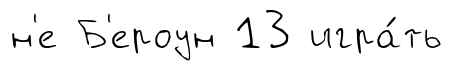
н'е Б'ероун 13 игра́ть